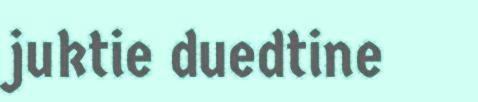
juktie duedtine